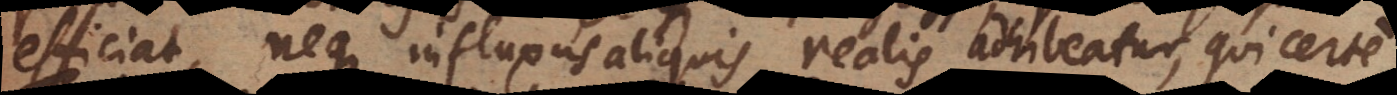
efficiat, neque influxus aliquis realis adhibeatur, qui